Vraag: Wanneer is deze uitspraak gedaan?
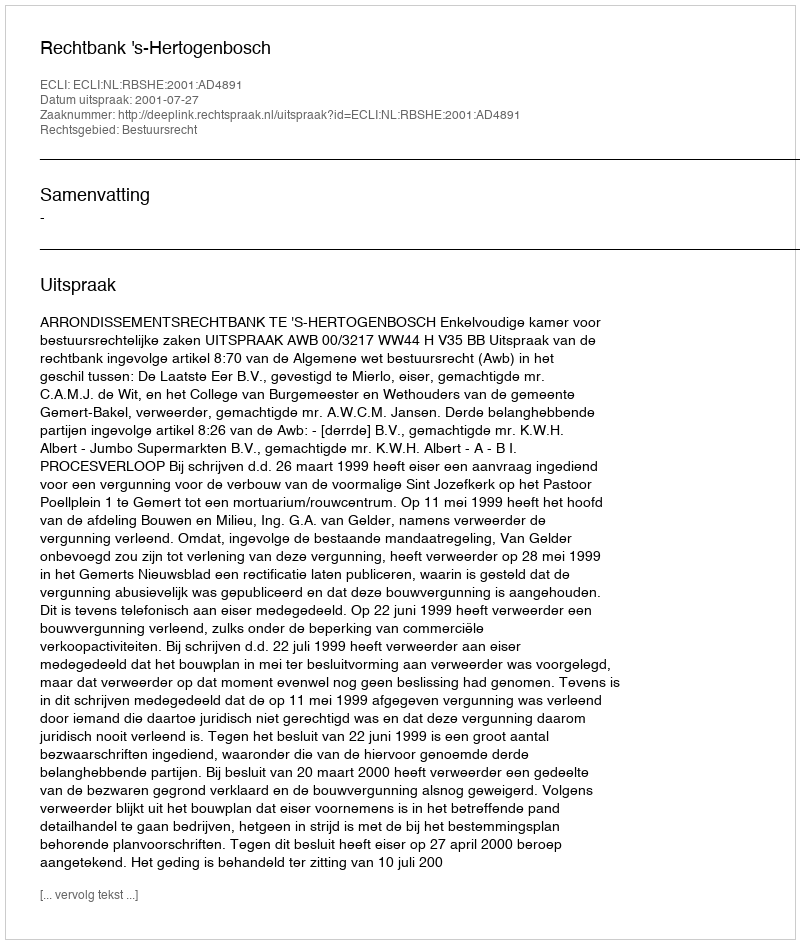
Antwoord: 2001-07-27